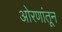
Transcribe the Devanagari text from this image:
ओरणांतून